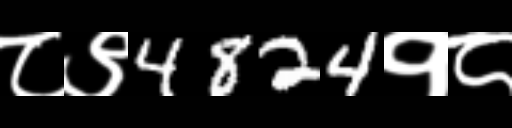
Text: ८९4824१८